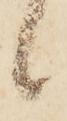
候